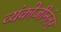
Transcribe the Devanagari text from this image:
व्यंकोजीनंतर